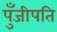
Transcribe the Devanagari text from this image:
पुँजीपति